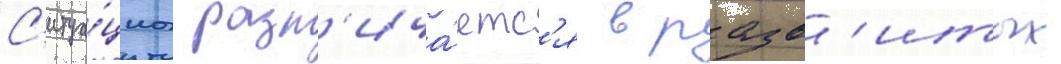
С'итуа́циа разл'ича́етс'я в разв'итых